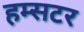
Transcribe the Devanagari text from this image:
हम्सटर